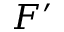
F ^ { \prime }